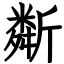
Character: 斴